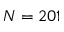
N = 2 0 1